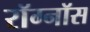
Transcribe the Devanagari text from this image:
रॉग्नॉस